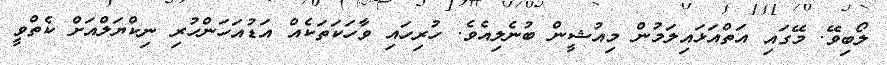
ލޯބިވޭ. މޭގައި އަތްއަޅައިލަމުން މިއުޝީން ބުނެލިއެވެ. ހުރިހައި ވާހަކަތަކެއް އަޑުއަހަންހުރި ނިކްޔަލްއަށް ކެތްވީ